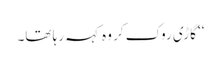
‘‘ گاڑی روک کر وہ کہہ رہا تھا۔